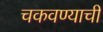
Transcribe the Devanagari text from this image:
चकवण्याची